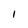
Character: 1